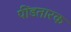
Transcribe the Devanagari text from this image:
पींडतारक